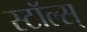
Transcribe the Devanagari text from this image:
स्टॉल्स्